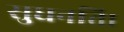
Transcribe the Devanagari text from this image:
सुधनति।